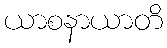
ယာစနာယာတိ